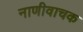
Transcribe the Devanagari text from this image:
नाणीवाचक